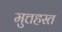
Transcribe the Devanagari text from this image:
मुत्तहस्त